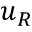
u _ { R }